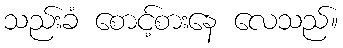
သည်းခံ စောင့်စားနေ လေသည်။